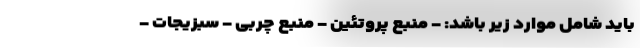
باید شامل موارد زیر باشد: - منبع پروتئین - منبع چربی - سبزیجات -